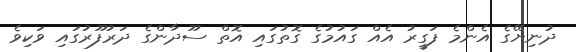
ދުނިޔޭގެ އެންމެ ފަގީރު އެއް ގައުމުގެ ގޮތުގައި އޮތް ސޫދާންގެ ދަރުފޫރުގައި ވަކިވެ